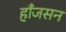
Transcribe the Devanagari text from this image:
हाँजसन